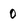
Character: 0